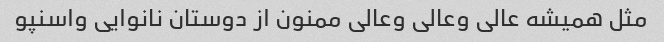
مثل همیشه عالی وعالی وعالی ممنون از دوستان نانوایی واسنپو